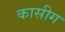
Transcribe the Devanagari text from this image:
कासीग